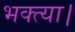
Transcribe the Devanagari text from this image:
भक्त्या।